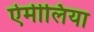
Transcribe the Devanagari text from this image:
ऐमीलिया